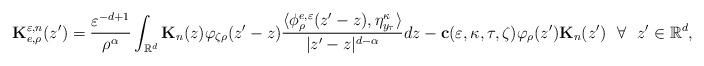
LaTeX: \begin{align*}\mathbf{K}^{\varepsilon,n}_{e,\rho}(z')=\frac{\varepsilon^{-d+1}}{\rho^\alpha}\int_{\mathbb{R}^d}\mathbf{K}_{n}(z)\varphi_{\zeta\rho}(z'-z)\frac{\langle\phi^{e,\varepsilon}_\rho(z'-z),\eta^{\kappa}_{y_{\tau}}\rangle}{|z'-z|^{d-\alpha}}dz-\mathbf{c}(\varepsilon,\kappa,\tau,\zeta)\varphi_{\rho}(z')\mathbf{K}_{n}(z')~~\forall~~z'\in \mathbb{R}^d,\end{align*}